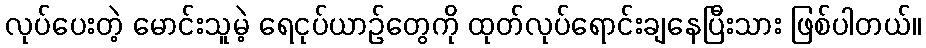
လုပ်ပေးတဲ့ မောင်းသူမဲ့ ရေငုပ်ယာဉ်တွေကို ထုတ်လုပ်ရောင်းချနေပြီးသား ဖြစ်ပါတယ်။